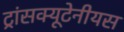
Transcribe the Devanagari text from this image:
ट्रांसक्यूटेनीयस